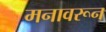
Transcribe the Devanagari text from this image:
मनावरून